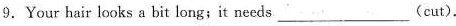
9.Your hair looks a bit long;it needs___(cut).